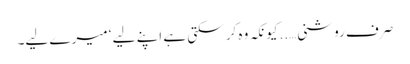
صرف روشنی…..کیونکہ وہ کر سکتی ہے اپنے لیے ‘ میرے لیے۔